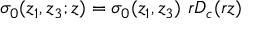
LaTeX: \sigma _ { 0 } ( z _ { 1 } , z _ { 3 } ; z ) = \sigma _ { 0 } ( z _ { 1 } , z _ { 3 } ) \ r D _ { c } ( r z )